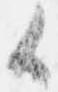
候